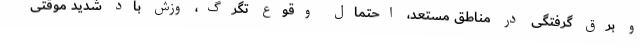
و برق گرفتگی در مناطق مستعد، احتمال وقوع تگرگ، وزش باد شدید موقتی